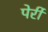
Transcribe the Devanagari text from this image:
पेर्री